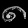
Digit: ၈